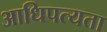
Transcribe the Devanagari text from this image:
आधिपत्यता